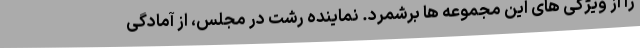
را از ویژگی های این مجموعه ها برشمرد. نماینده رشت در مجلس، از آمادگی